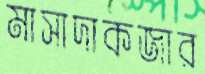
মাসাদাকজার